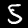
Label: 5